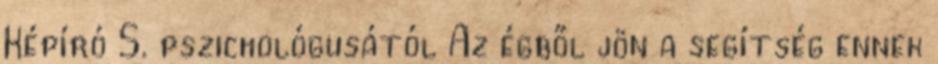
Képíró S. pszichológusától Az égből jön a segítség ennek